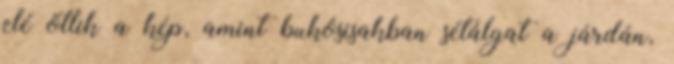
elé ötlik a kép, amint bukósisakban sétálgat a járdán,